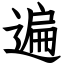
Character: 遍